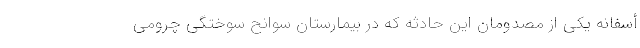
أسفانه یکی از مصدومان این حادثه که در بیمارستان سوانح سوختگی چرومی